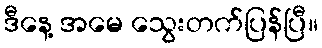
ဒီနေ့ အမေ သွေးတက်ပြန်ပြီ။